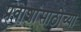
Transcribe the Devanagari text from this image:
प्रवाशांसाठीच्या